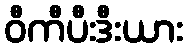
ဝီကီပီးဒီးယား